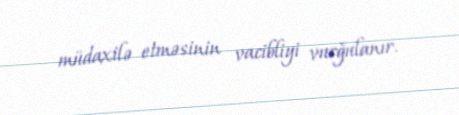
müdaxilə etməsinin vacibliyi vurğulanır.